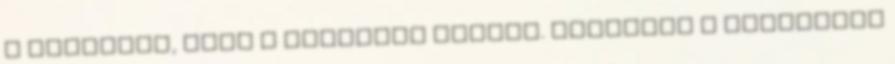
a margarin, amit a kenyérre kenünk. Csakhogy a hidrogént